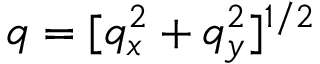
q = [ q _ { x } ^ { 2 } + q _ { y } ^ { 2 } ] ^ { 1 / 2 }